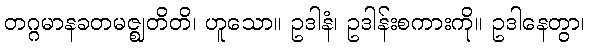
တဂ္ဂမာနခတမဇ္ဈတိတိ၊ ဟူသော။ ဥဒါနံ၊ ဥဒါန်းစကားကို။ ဥဒါနေတွာ၊